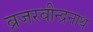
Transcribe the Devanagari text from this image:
ब्रजरबीन्द्रनाथ